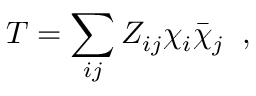
T = \sum _ { i j } Z _ { i j } \chi _ { i } \bar { \chi } _ { j } \; \; ,